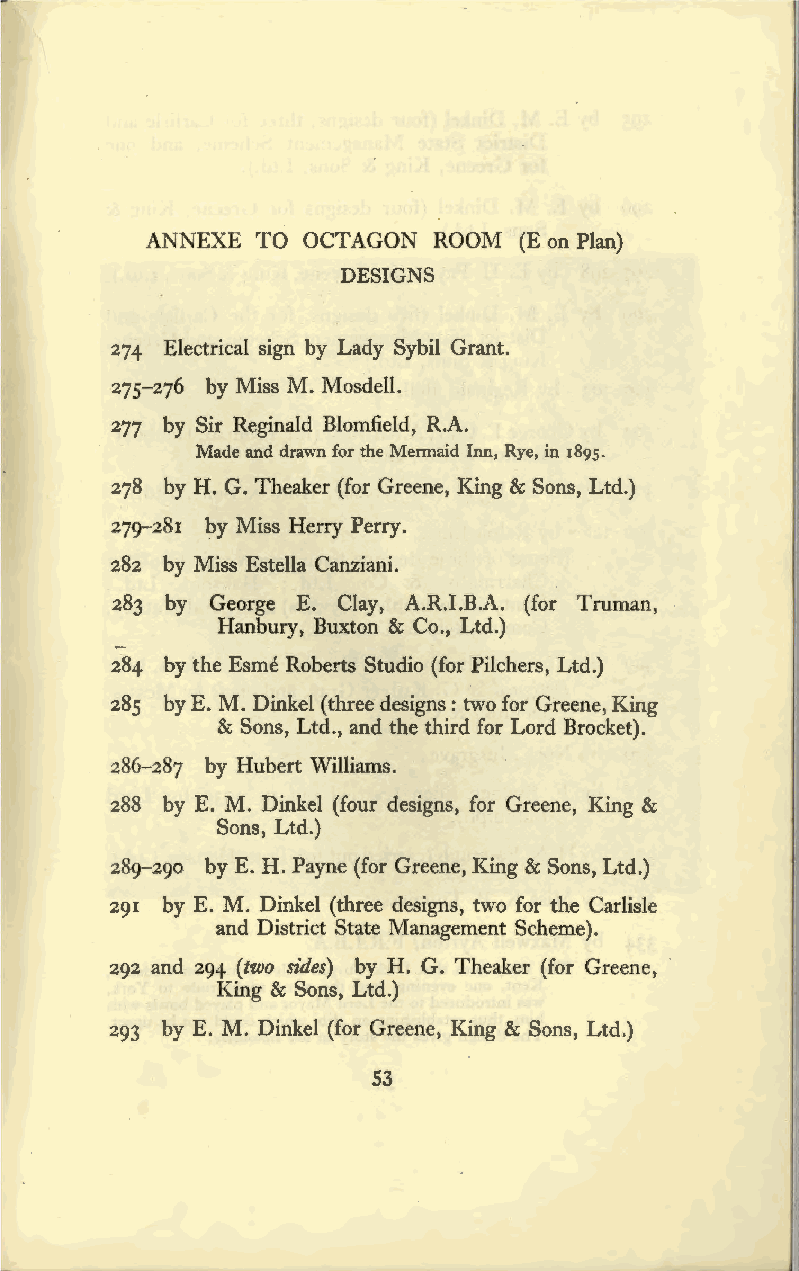
ANNEXE TO OCTAGON  ROOM (Eon Plan)
 DESIGNS
 274 Electrical sign by Lady Sybil Grant.
 275-276 by Miss M. Mosdell.
 277 by Sir Reginald Blomfield, R.A.
 Made and drawn for the Mermaid Inn, Rye, in 1895.
 278 by H. G. Theaker (for Greene, King & Sons, Ltd.)
 279-281 by Miss Herry Perry.
 282 by Miss Estella Canziani.
 283 by George E. Clay, A.R.I.B.A. (for Truman,
 Hanbury, Buxton & Co., Ltd.)
 284 by the Esme Roberts Studio (for Pilchers, Ltd.)
 285 by E. M. Dinkel (three designs: two for Greene, King
 & Sons, Ltd., and the third for Lord Brocket).
 286-287 by Hubert Williams.
 288 by E. M. Dinkel (four designs, for Greene, King &
 Sons, Ltd.)
 289-290 by E. H. Payne (for Greene, King & Sons, Ltd.)
 291 by E. M. Dinkel (three designs, two for the Carlisle
 and District State Management Scheme).
 292 and 294 (two sides) by H. G. Theaker (for Greene,
 King & Sons, Ltd.)
 293 by E. M. Dinkel (for Greene, King & Sons, Ltd.)
 53